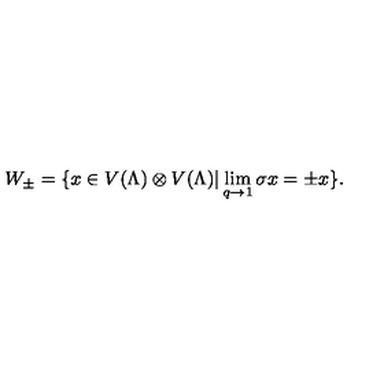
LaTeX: W _ { \pm } = \{ x \in V ( \Lambda ) \otimes V ( \Lambda ) | \lim _ { q \rightarrow 1 } \sigma x = \pm x \} .